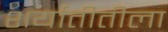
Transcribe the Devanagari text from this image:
शर्यातीतीला